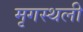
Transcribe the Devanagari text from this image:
मृगस्थली